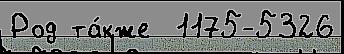
Род та́кже  1175-5326